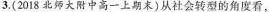
3.(2018北师大附中高一上期末)从社会转的角度看，